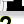
Digit: 2